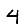
Digit: 4